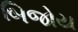
બિજોય